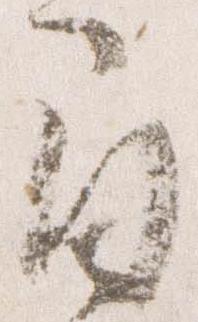
間